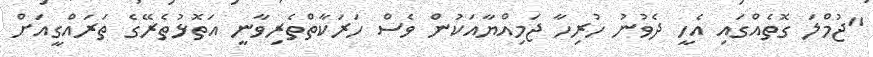
"ޖުމްލަ ގޮތެއްގައި އެހީ ދެވުނު ހުރިހާ ޖަމިއްޔާއަކުން ވެސް ހަރަކާތްތެރިވާނީ އަތޮޅުތެރޭގެ ތަރައްގީއަށް